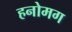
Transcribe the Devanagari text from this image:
हनोमग